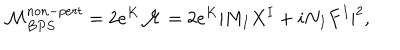
{ \cal M } _ { B P S } ^ { n o n - p e r t } = 2 e ^ { K } { \cal M } = { 2 } e ^ { K } | M _ { I } X ^ { I } + i N _ { I } F ^ { I } | ^ { 2 } ,